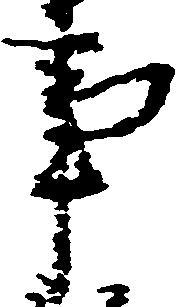
事